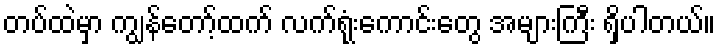
တပ်ထဲမှာ ကျွန်တော့်ထက် လက်ရုံးကောင်းတွေ အများကြီး ရှိပါတယ်။